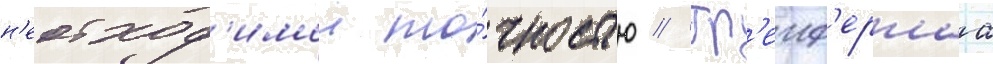
н'еобход'имои то́чностью // Гр'еиф'ернаа